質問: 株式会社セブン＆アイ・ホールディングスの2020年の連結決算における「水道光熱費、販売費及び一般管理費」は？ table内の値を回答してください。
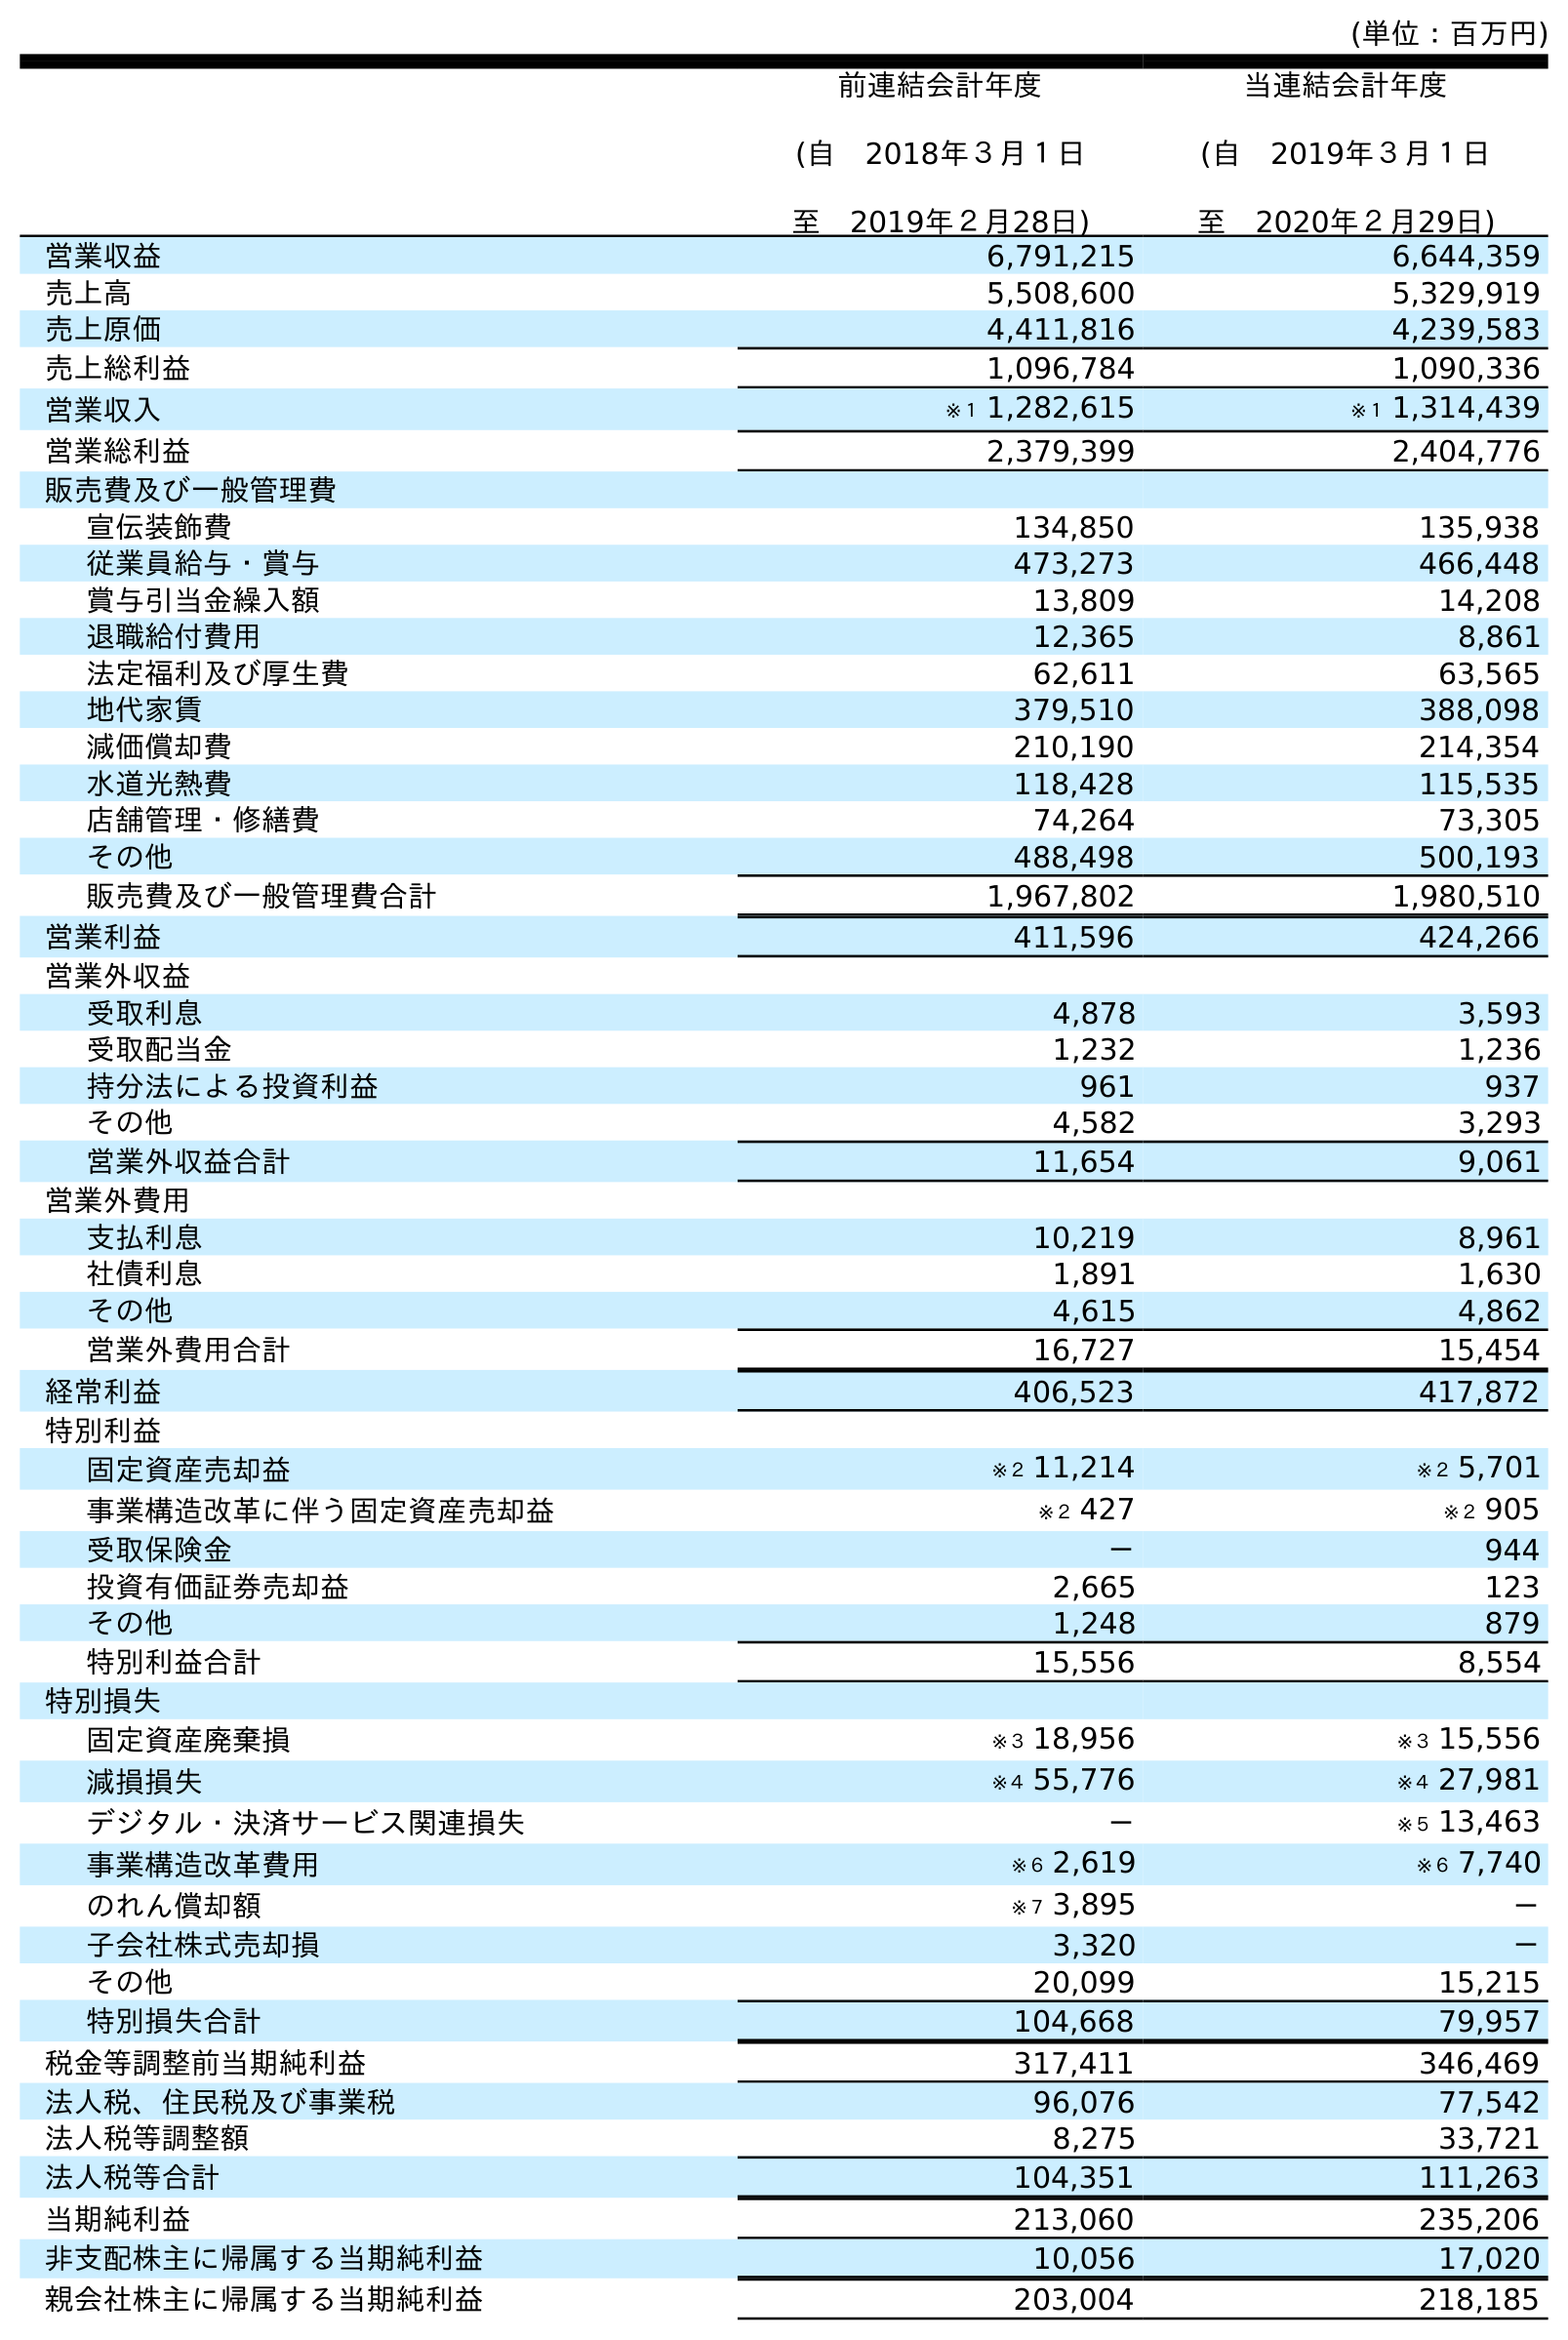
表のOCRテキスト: (単位：百万円) 前連結会計年度 (自 2018年３月１日 至 2019年２月28日) 当連結会計年度 (自 2019年３月１日 至 2020年２月29日) 営業収益 6,791,215 6,644,359 売上高 5,508,600 5,329,919 売上原価 4,411,816 4,239,583 売上総利益 1,096,784 1,090,336 営業収入 ※１ 1,282,615 ※１ 1,314,439 営業総利益 2,379,399 2,404,776 販売費及び一般管理費 宣伝装飾費 134,850 135,938 従業員給与・賞与 473,273 466,448 賞与引当金繰入額 13,809 14,208 退職給付費用 12,365 8,861 法定福利及び厚生費 62,611 63,565 地代家賃 379,510 388,098 減価償却費 210,190 214,354 水道光熱費 118,428 115,535 店舗管理・修繕費 74,264 73,305 その他 488,498 500,193 販売費及び一般管理費合計 1,967,802 1,980,510 営業利益 411,596 424,266 営業外収益 受取利息 4,878 3,593 受取配当金 1,232 1,236 持分法による投資利益 961 937 その他 4,582 3,293 営業外収益合計 11,654 9,061 営業外費用 支払利息 10,219 8,961 社債利息 1,891 1,630 その他 4,615 4,862 営業外費用合計 16,727 15,454 経常利益 406,523 417,872 特別利益 固定資産売却益 ※２ 11,214 ※２ 5,701 事業構造改革に伴う固定資産売却益 ※２ 427 ※２ 905 受取保険金 － 944 投資有価証券売却益 2,665 123 その他 1,248 879 特別利益合計 15,556 8,554 特別損失 固定資産廃棄損 ※３ 18,956 ※３ 15,556 減損損失 ※４ 55,776 ※４ 27,981 デジタル・決済サービス関連損失 － ※５ 13,463 事業構造改革費用 ※６ 2,619 ※６ 7,740 のれん償却額 ※７ 3,895 － 子会社株式売却損 3,320 － その他 20,099 15,215 特別損失合計 104,668 79,957 税金等調整前当期純利益 317,411 346,469 法人税、住民税及び事業税 96,076 77,542 法人税等調整額 8,275 33,721 法人税等合計 104,351 111,263 当期純利益 213,060 235,206 非支配株主に帰属する当期純利益 10,056 17,020 親会社株主に帰属する当期純利益 203,004 218,185
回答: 115,535